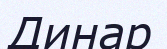
Динар